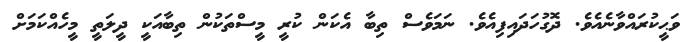
ވަޙީކުރައްވާނެއެވެ. ދޮގުހަދައިފިއެވެ. ނަމަވެސް ތިބާ އެކަން ކުރީ މީސްތަކުން ތިބާއަކީ ދީލަތީ މީހެއްކަމަށް